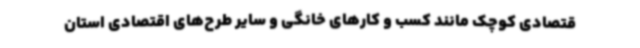
قتصادی کوچک مانند کسب و کارهای خانگی و سایر طرح‌های اقتصادی استان